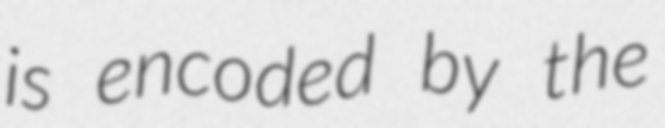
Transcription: is encoded by the